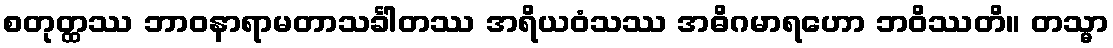
စတုတ္ထဿ ဘာဝနာရာမတာသင်္ခါတဿ အရိယဝံသဿ အဓိဂမာရဟော ဘဝိဿတိ။ တသ္မာ